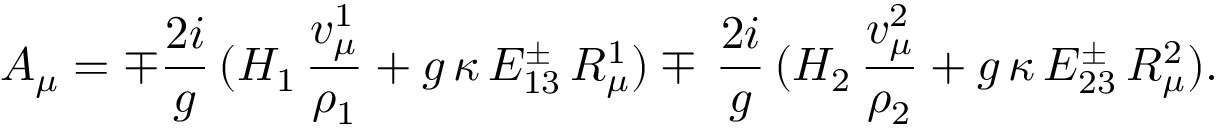
A _ { \mu } = \mp { \frac { 2 i } { g } } \, ( H _ { 1 } \, { \frac { v _ { \mu } ^ { 1 } } { \rho _ { 1 } } } + g \, \kappa \, E _ { 1 3 } ^ { \pm } \, R _ { \mu } ^ { 1 } ) \mp \, { \frac { 2 i } { g } } \, ( H _ { 2 } \, { \frac { v _ { \mu } ^ { 2 } } { \rho _ { 2 } } } + g \, \kappa \, E _ { 2 3 } ^ { \pm } \, R _ { \mu } ^ { 2 } ) .